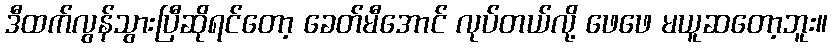
ဒီထက်လွန်သွားပြီဆိုရင်တော့ ခေတ်မီအောင် လုပ်တယ်လို့ ဖေဖေ မယူဆတော့ဘူး။